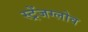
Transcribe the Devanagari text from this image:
स्ट्रेंजग्लोव